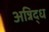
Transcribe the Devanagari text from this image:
अन्निद्ध